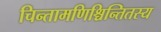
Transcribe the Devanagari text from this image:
चिन्तामणिश्चिन्तितस्य